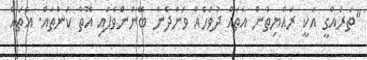
"ތަރައްގީ އަކީ ރައްޔިތުން އެތައް ދުވަހެއް ވަންދެން ބޭނުންވެފައި އޮތް ކަންތައް. އެތައް